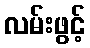
လမ်းဖွင့်